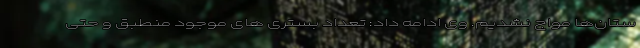
ستان‌ها مواج نشدیم. وی ادامه داد: تعداد بستری های موجود منطبق و حتی